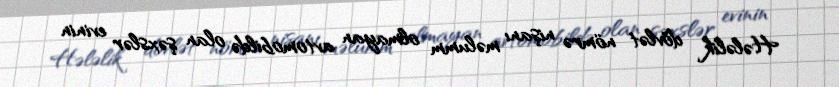
Hələlik dövlət nömrə nişanı məlumm olmayan avtomobildə olan şəxslər evinin